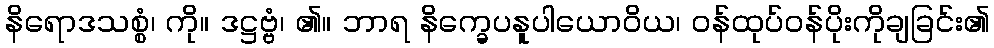
နိရောဒသစ္စံ၊ ကို။ ဒဋ္ဌဗ္ဗံ၊ ၏။ ဘာရ နိက္ခေပနူပါယောဝိယ၊ ဝန်ထုပ်ဝန်ပိုးကိုချခြင်း၏